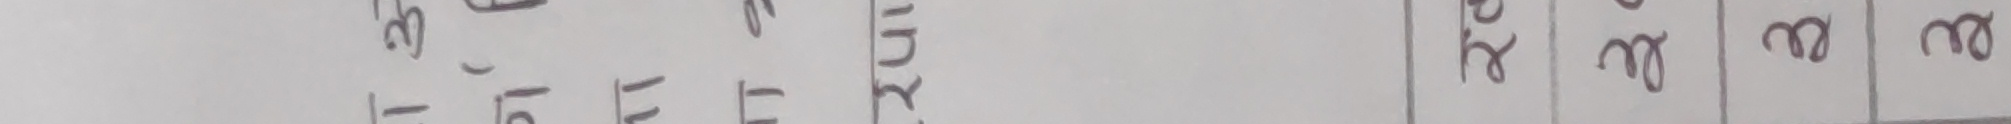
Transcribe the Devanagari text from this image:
अ१३११यु ट२ढढ